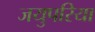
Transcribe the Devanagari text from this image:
जयुपरिया